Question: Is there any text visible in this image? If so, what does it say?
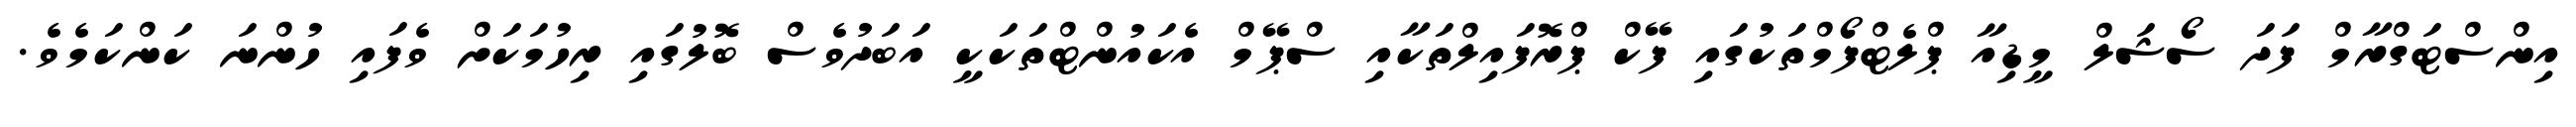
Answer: އިންސްޓަގްރާމް ފަދަ ސޯޝަލް މީޑިއާ ޕްލެޓްފޯމްތަކުގައި ފޭކް ޕްރޮފައިލްތަކާއި ސްޕޭމް އެކައުންޓްތަކަކީ އަބަދުވެސް ބޮލުގައި ރިހުމަކަށް ވެފައި ހުންނަ ކަންކަމެވެ.